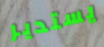
يستدير